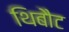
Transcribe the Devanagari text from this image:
थिबौट